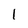
Character: l